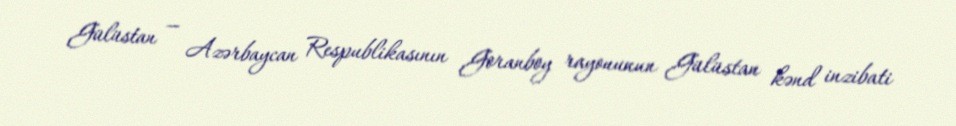
Gülüstan — Azərbaycan Respublikasının Goranboy rayonunun Gülüstan kənd inzibati